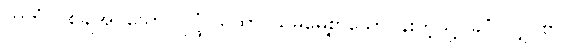
ကတံ၊ ပစ်ချအပ်သော။ ပုပ္ဖံ ယထာ၊ သိမ်မွေ့စွာသောပန်းကဲ့သို့။ ခိပ္ပံ၊ လျှင်စွာ။